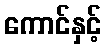
ကောင်နှင့်